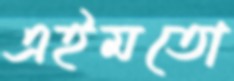
এইমতো